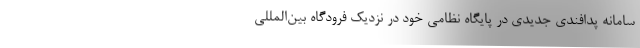
سامانه پدافندی جدیدی در پایگاه نظامی خود در نزدیک فرودگاه بین‌المللی